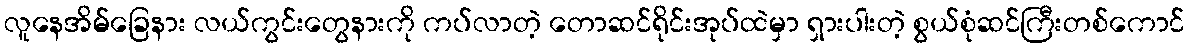
လူနေအိမ်ခြေနား လယ်ကွင်းတွေနားကို ကပ်လာတဲ့ တောဆင်ရိုင်းအုပ်ထဲမှာ ရှားပါးတဲ့ စွယ်စုံဆင်ကြီးတစ်ကောင်